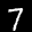
Label: 7